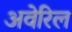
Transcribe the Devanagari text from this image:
अवेरिल